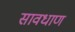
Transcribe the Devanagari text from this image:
सावधाण